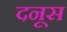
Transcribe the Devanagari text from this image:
दनूस